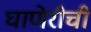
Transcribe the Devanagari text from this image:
घाणेरीची